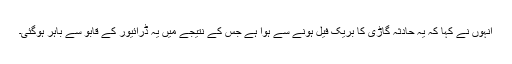
انہوں نے کہا کہ یہ حادثہ گاڑی کا بریک فیل ہونے سے ہوا ہے جس کے نتیجے میں یہ ڈرائیور کے قابو سے باہر ہوگئی۔